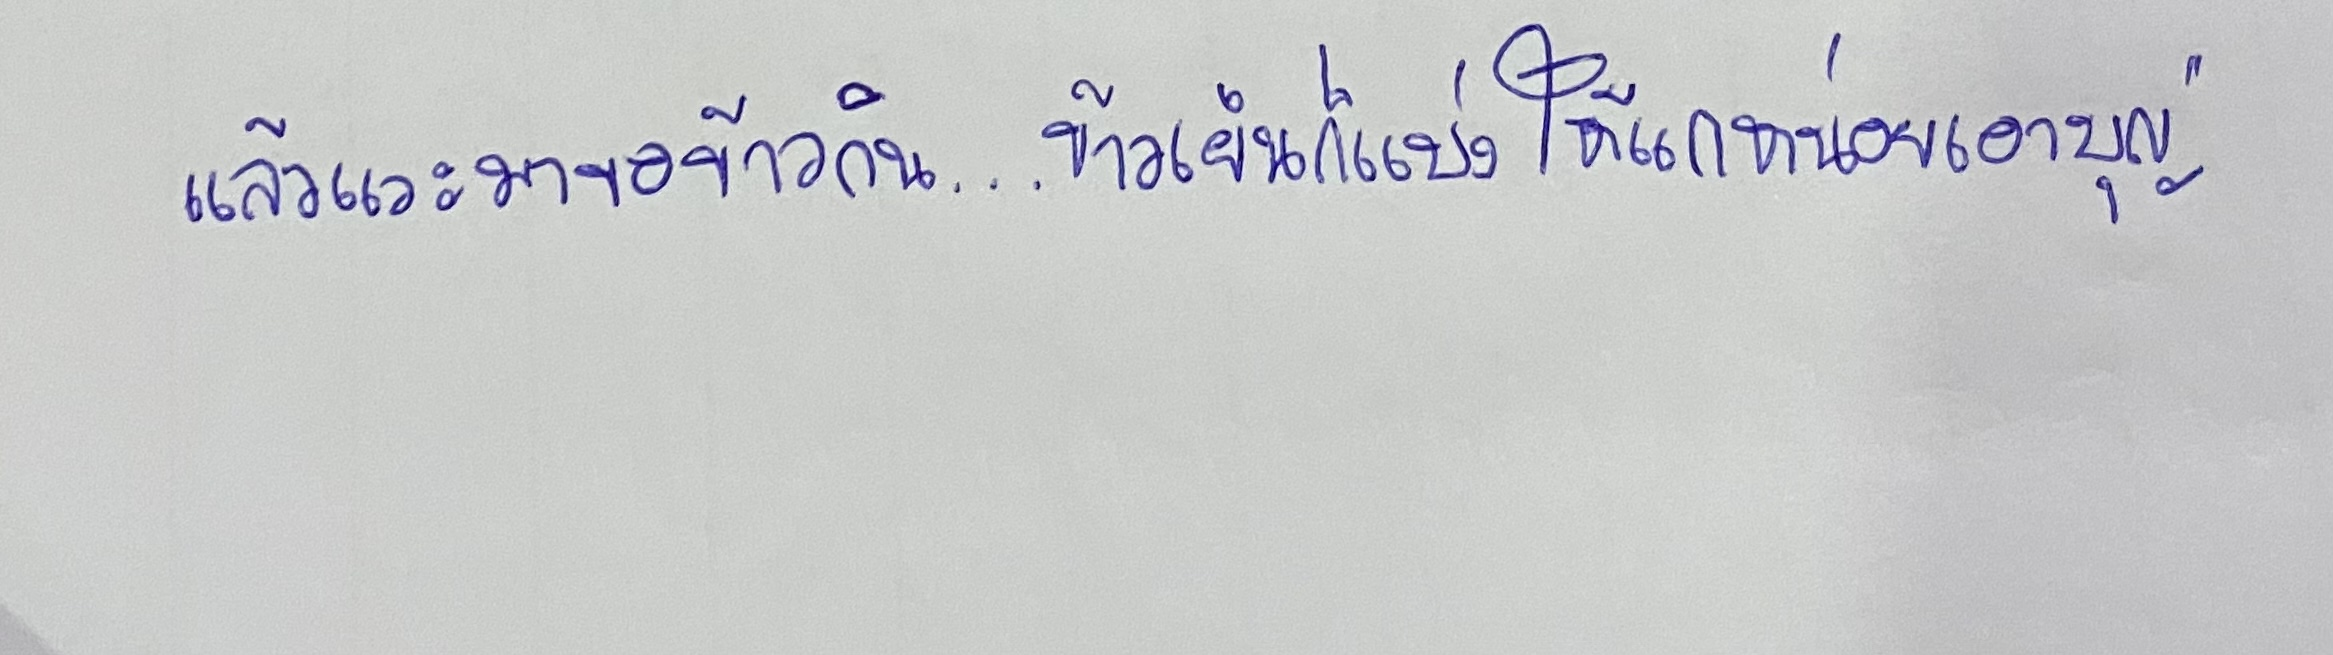
แล้วแวะมาขอข้าวกิน...ข้าวเย็นก็แบ่งให้แกหน่อยเอาบุญ"